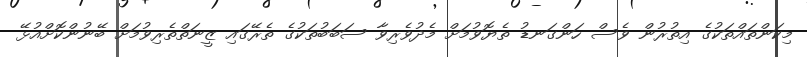
މިކަންތައްތަކުގެ އިތުރުން ވެސް ހަންގަނޑު ތެޔޮވުމަށް މެދުވެރިވާ ސަބަބުތަކުގެ ތެރޭގައި ޒީނަތްތެރިވުމަށް ބޭނުންކޮށްއުޅޭ